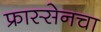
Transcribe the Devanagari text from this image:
फ्रास्सेनचा